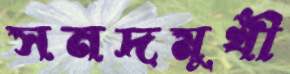
সনদমুখী